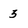
Character: 3